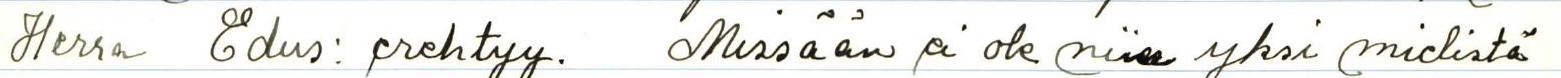
Herra Edus: erehtyy. Missään ei ole niin yksi mielistä